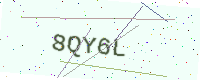
Text: 8QY6L